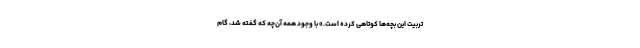
تربیت این بچه‌ها کوتاهی کرده است.» با وجود همه آن‌چه که گفته شد، گام